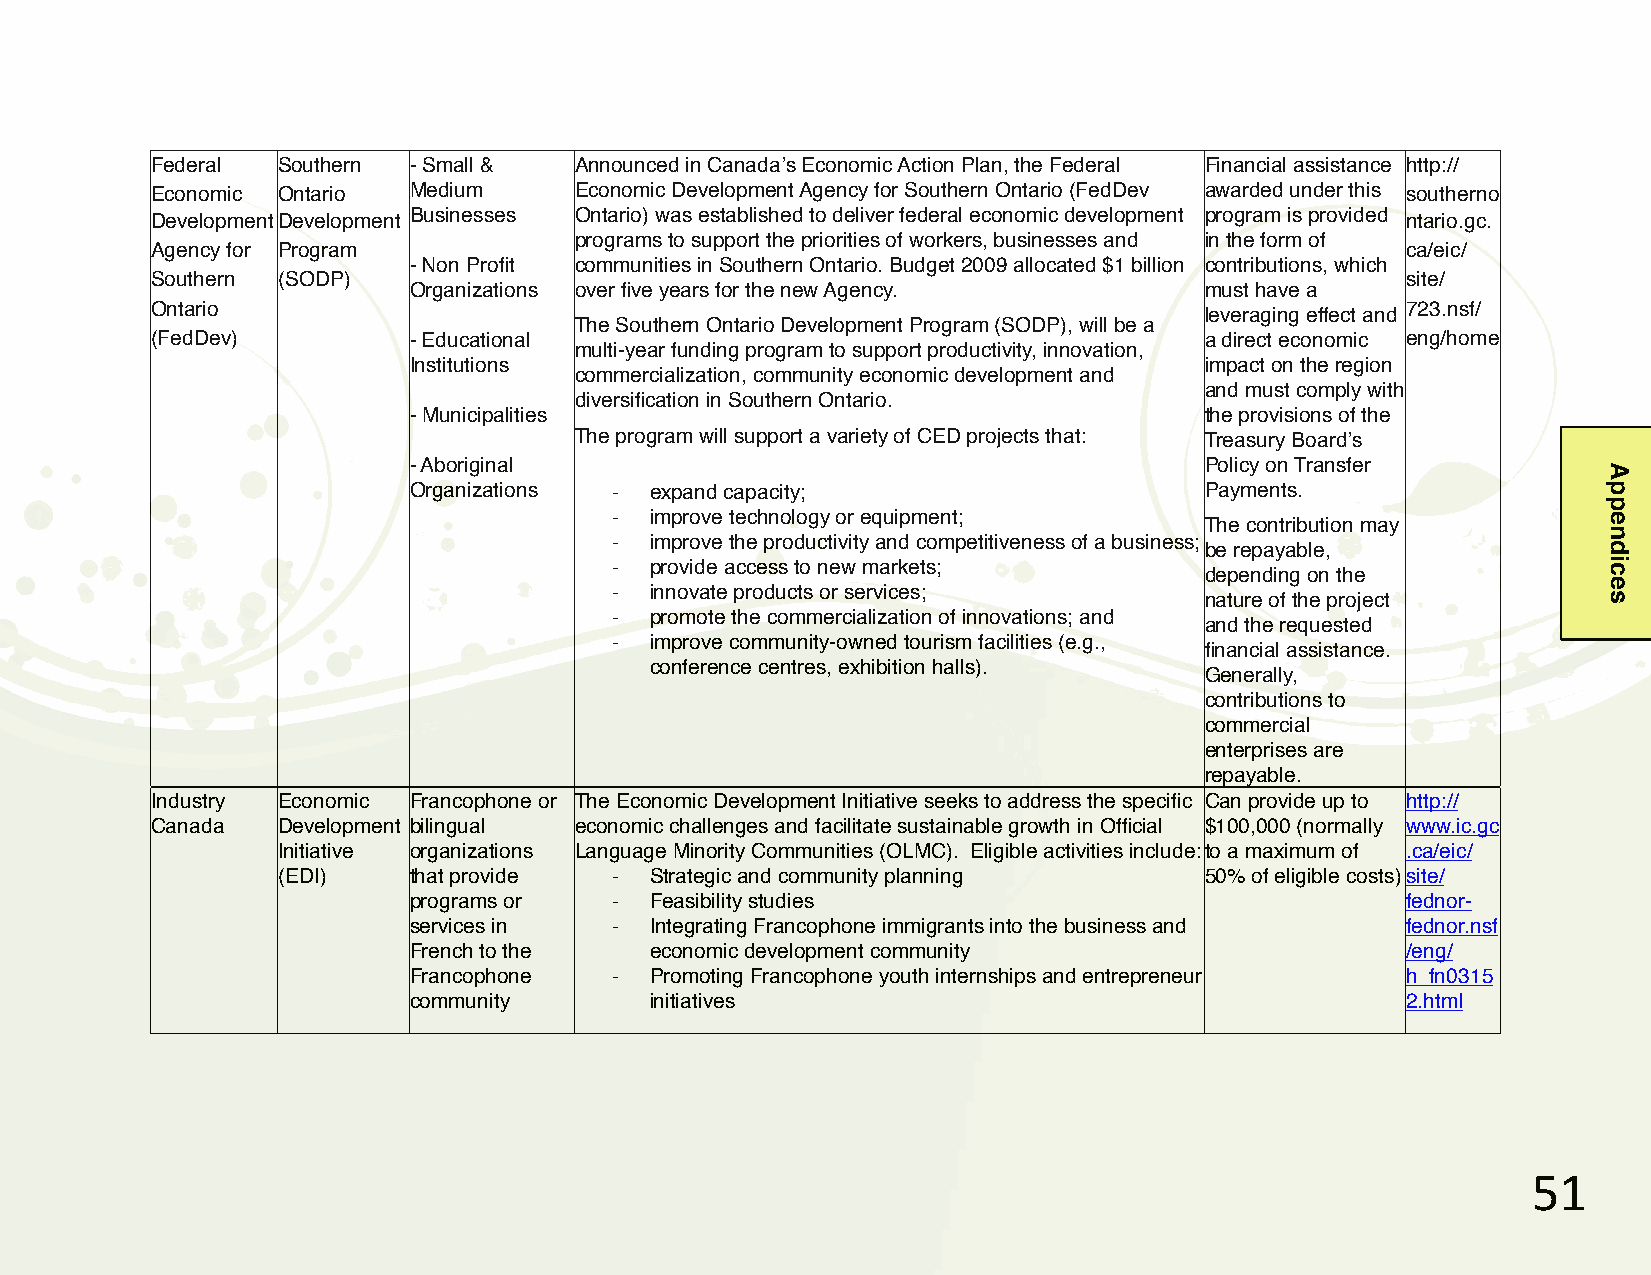
Federal Southern - Small &  Announced in Canadaʼs Economic Action Plan, the Federal Financial assistance http://
 Economic Ontario Medium     Economic Development Agency for Southern Ontario (FedDev awarded under this southerno
 Development Development Businesses Ontario) was established to deliver federal economic development program is provided ntario.gc.
 programs to support the priorities of workers, businesses and in the form of
 Agency for Program                                                                 ca/eic/
 - Non Profit communities in Southern Ontario. Budget 2009 allocated $1 billion contributions, which
 Southern (SODP)                                                                    site/
 Organizations over five years for the new Agency.    must have a
 Ontario                                                               leveraging effect and 723.nsf/
 The Southern Ontario Development Program (SODP), will be a
 (FedDev)         - Educational                                        a direct economic eng/home
 multi-year funding program to support productivity, innovation,
 Institutions                                         impact on the region
 commercialization, community economic development and
 and must comply with
 diversification in Southern Ontario.
 - Municipalities                                     the provisions of the
 The program will support a variety of CED projects that: Treasury Boardʼs
 - Aboriginal                                         Policy on Transfer
 Organizations # expand capacity;                     Payments.
 # improve technology or equipment;
 The contribution may
 # improve the productivity and competitiveness of a business;
 be repayable,
 # provide access to new markets;
 depending on the
 # innovate products or services;
 nature of the project
 # promote the commercialization of innovations; and
 and the requested
 # improve community-owned tourism facilities (e.g.,
 financial assistance.
 conference centres, exhibition halls).
 Generally,
 contributions to
 commercial
 enterprises are
 repayable.
 Industry Economic Francophone or The Economic Development Initiative seeks to address the specific Can provide up to http://
 Canada  Development bilingual economic challenges and facilitate sustainable growth in Official $100,000 (normally www.ic.gc
 Initiative organizations Language Minority Communities (OLMC). Eligible activities include:to a maximum of .ca/eic/
 (EDI)    that provide  # Strategic and community planning     50% of eligible costs)site/
 programs or   # Feasibility studies                               fednor-
 services in   # Integrating Francophone immigrants into the business and fednor.nsf
 French to the   economic development community                    /eng/
 Francophone   # Promoting Francophone youth internships and entrepreneur h_fn0315
 community       initiatives                                       2.html
 &"
 Appendices